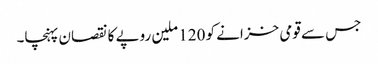
جس سے قومی خزانے کو 120 ملین روپے کا نقصان پہنچا۔